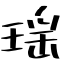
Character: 瑶